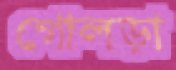
গোলড়া